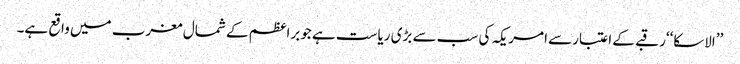
’’الاسکا‘‘رقبے کے اعتبارسے امریکہ کی سب سے بڑی ریاست ہے جوبراعظم کے شمال مغرب میں واقع ہے۔